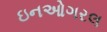
ઇનઓગરલ